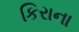
કિરાના